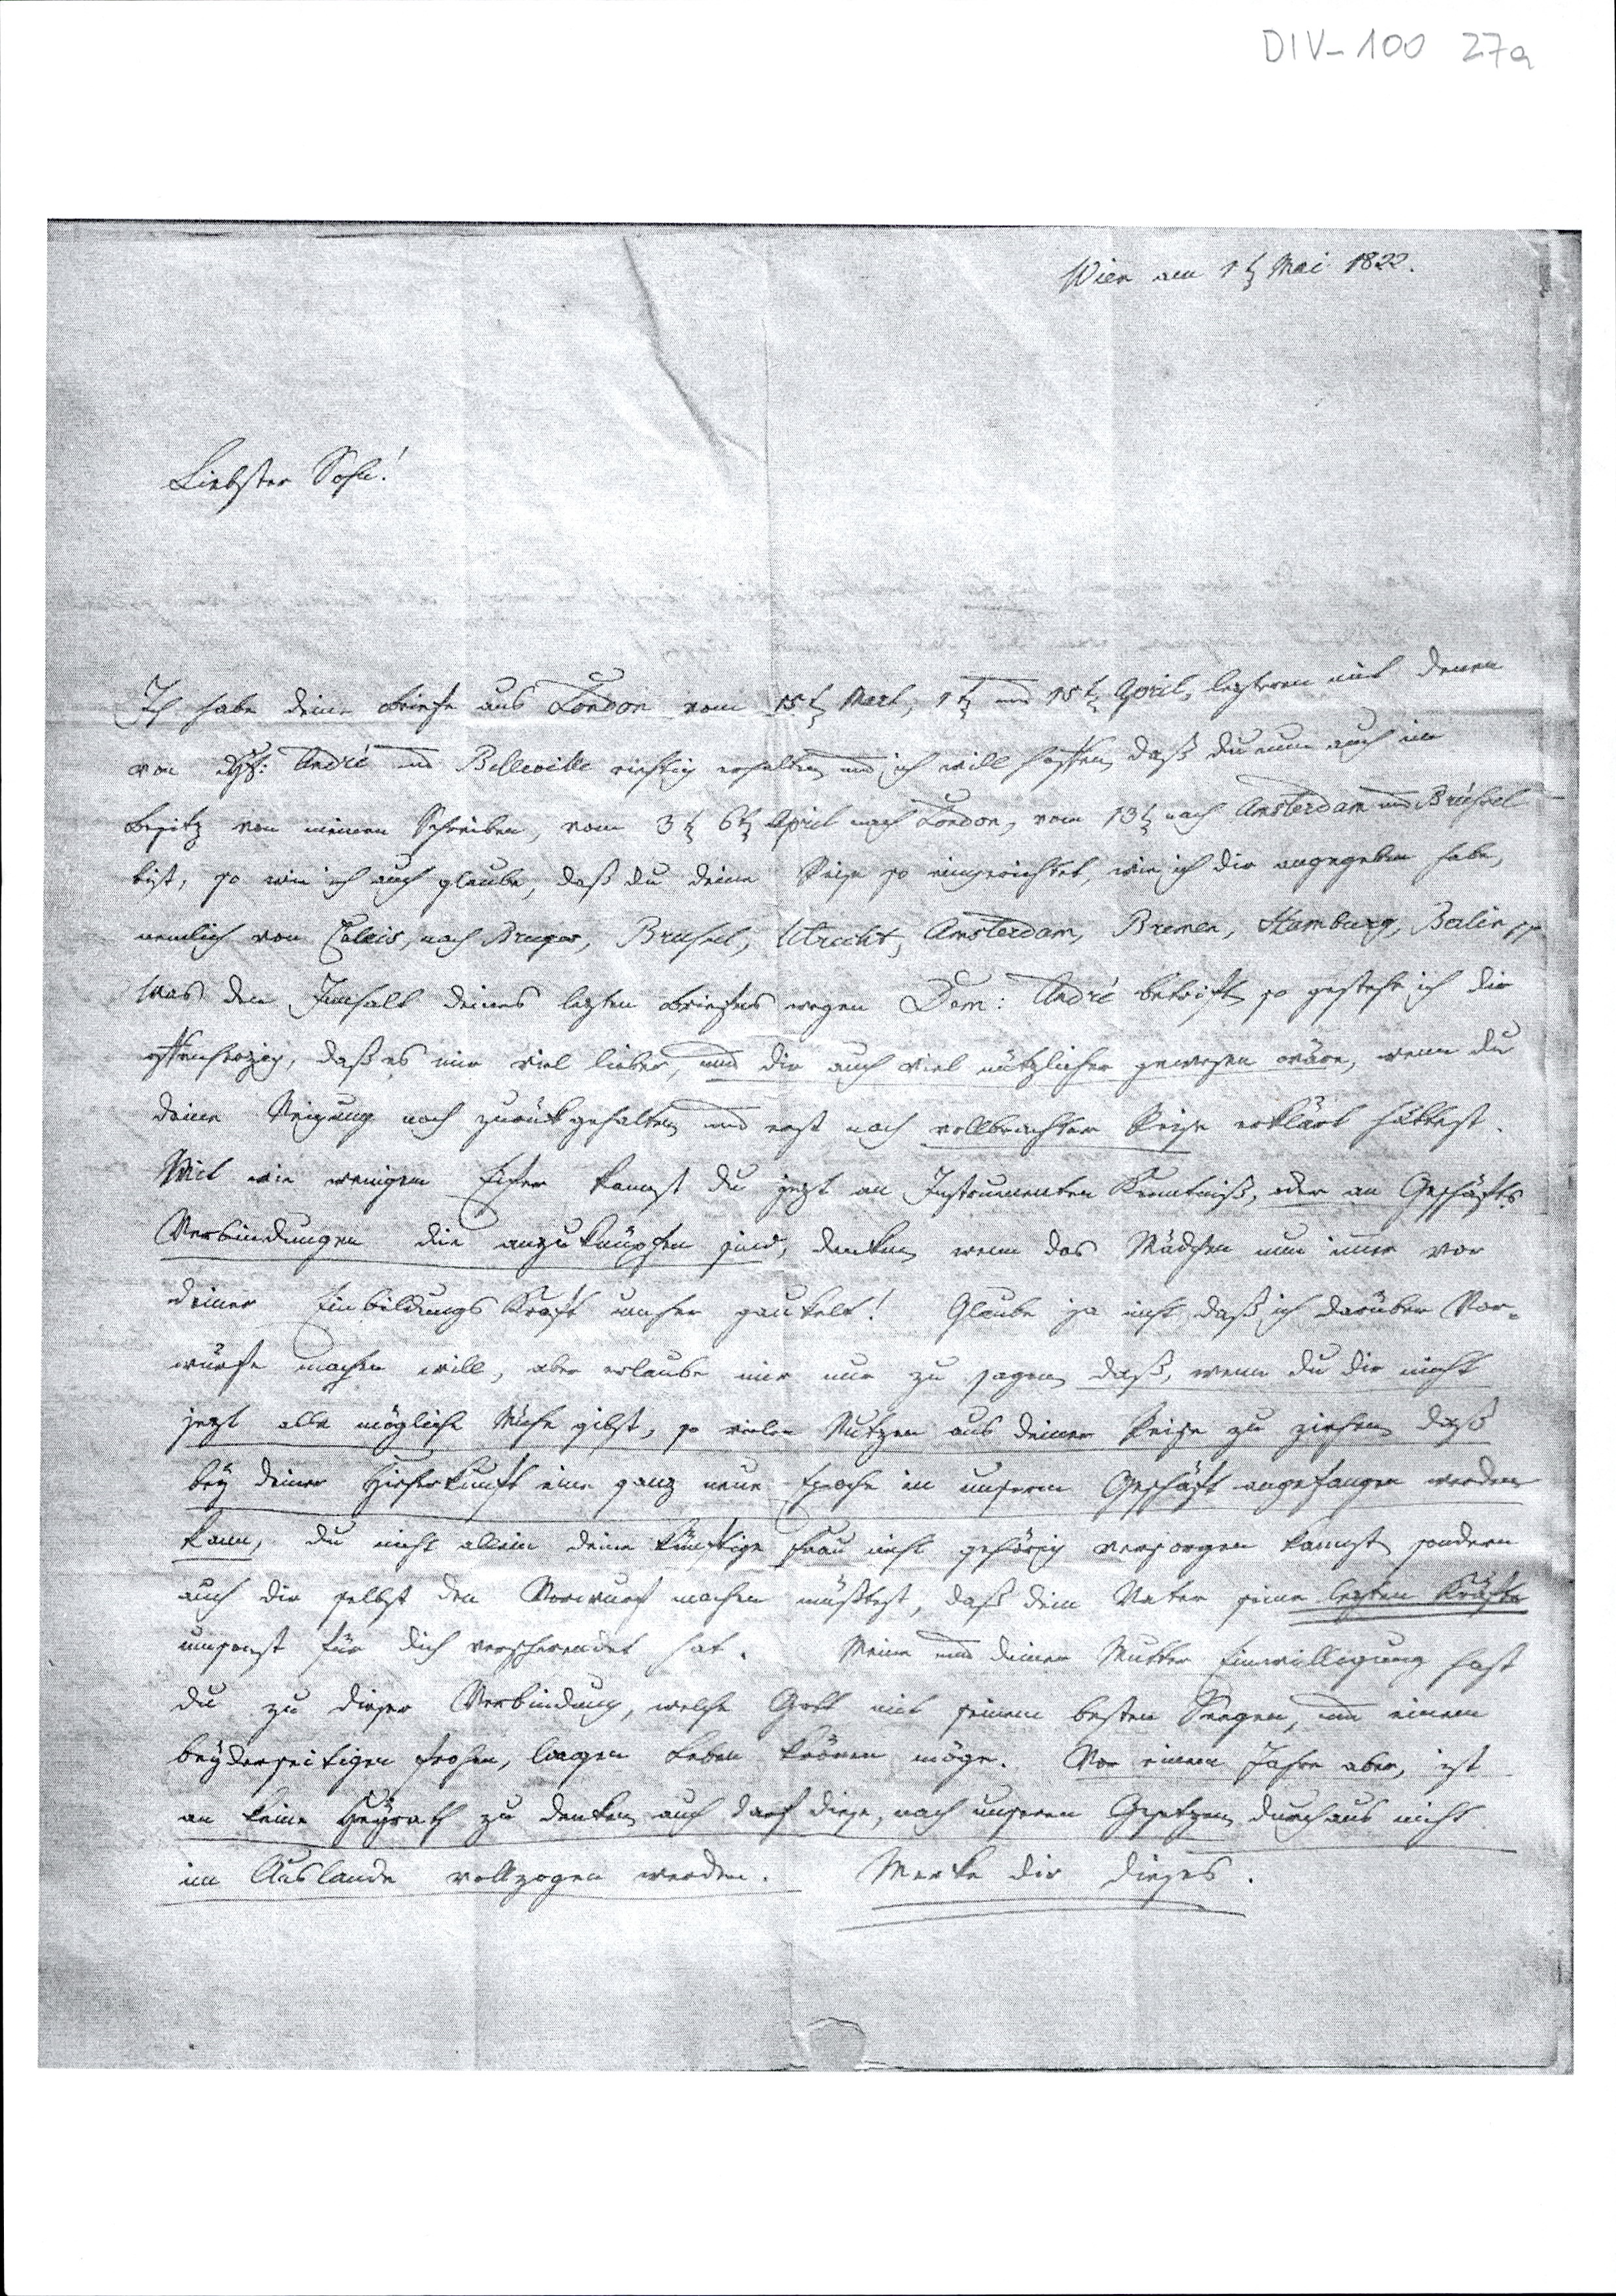
Wien am 1 ten Mai 1822
Liebster Sohn!
Ich habe Deine Briefe aus London vom 15 ten Mart, 1 ten und 15 ten April, lezteren und denen
von Sept: André und Belleville richtig erhalten und ich will hoffen, daß Du nun auch in
Leipzig von meinen Schreiben, vom 3 ten  6 ten April nach London, vom 13 ten nach Amsterdam und Brüssel -
bist, so wie ich auch glaube, daß Du Deine Reise so eingerichtet wie ich Dir angegeben habe,
nemlich von Calais, nach Bruges, Brussel, Utrecht, Amsterdam, Bremen, Hamburg, Berlin,,
Was den Innhalt Deines lezten Briefes wegen Dom: André betrift so gestehe ich Dir
offenherzig, daß es mir viel lieber, und Dir auch viel nützlicher gewesen wäre, wenn Du
Deine Neigung noch zurückgehalten und erst nach vollbrachter Reise erklärt hättest.
Mit wie wenigem Eifer kannst Du jetzt an Instrumenten Kenntniß,  oder an Geschäfts
Verbindungen die anzuknüpfen sind, denken wenn das Nächste nun immer von
Deiner Einbildungskraft umher gaukelt! Glaube ja nicht daß ich darüber Vor¬
würfe machen will, aber erlaube mir nur zu sagen, daß, wenn Du Dir nicht
jezt alle mögliche Mühe gibst, so vielen Nutzen aus Deiner Reise zu ziehen, daß
bey Deiner Hirherkunft eine ganz neue Epoche in unserem Geschäft angefangen werden
kann, Du nicht alleine Deine künftige Frau nicht gehörig versorgen kannst, sondern
auch Dir selbst den Vorwurf machen müßtest, daß Dein Vater seine lezten Kräfte
umsonst für Dich verschwendet hat. Meinen und Deiner Mutter Einwilligung hast
Du zu dieser Verbindung, welche Gott mit seinem besten Seegen, und einem
beyderseitigen frohen, langen Leben krönen möge. Vor einem Jahr aber, ist
an keine Heyrath zu denken auch darf diese, nach unseren Gesetzen durchaus nicht
im Auslande vollzogen werden.
Merke Dir dieses.